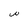
Character: W